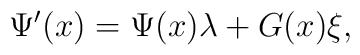
\Psi ^{\prime }(x)=\Psi (x)\lambda +G(x)\xi ,